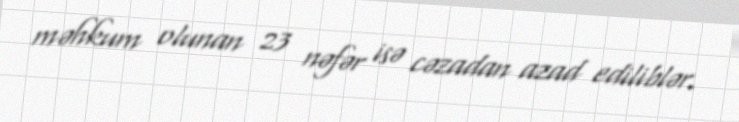
məhkum olunan 23 nəfər isə cəzadan azad ediliblər.